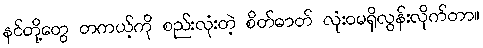
နင်တို့တွေ တကယ့်ကို စည်းလုံးတဲ့ စိတ်ဓာတ် လုံးဝမရှိလွန်းလိုက်တာ။